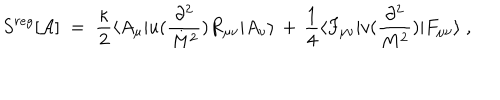
S ^ { r e g } [ { \mathcal A } ] \; = \; \frac { \kappa } { 2 } \langle A _ { \mu } | u ( \frac { \partial ^ { 2 } } { M ^ { 2 } } ) R _ { \mu \nu } | A _ { \nu } \rangle \, + \, \frac { 1 } { 4 } \langle F _ { \mu \nu } | v ( \frac { \partial ^ { 2 } } { M ^ { 2 } } ) | F _ { \mu \nu } \rangle \; ,